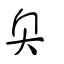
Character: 奧